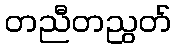
တညီတညွတ်